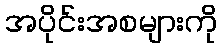
အပိုင်းအစများကို